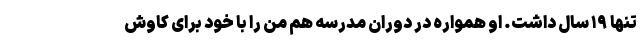
تنها ۱۹ سال داشت. او همواره در دوران مدرسه هم من را با خود برای کاوش